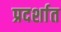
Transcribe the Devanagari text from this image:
प्रदर्शात